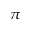
\pi